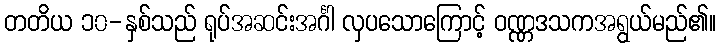
တတိယ ၁၀-နှစ်သည် ရုပ်အဆင်းအင်္ဂါ လှပသောကြောင့် ဝဏ္ဏဒသကအရွယ်မည်၏။